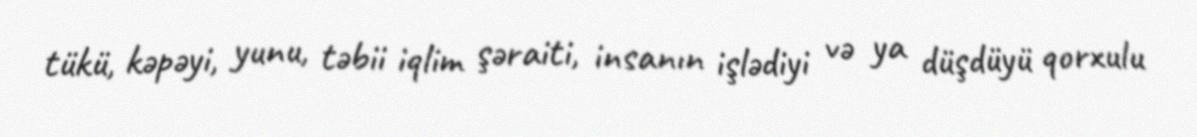
tükü, kəpəyi, yunu, təbii iqlim şəraiti, insanın işlədiyi və ya düşdüyü qorxulu